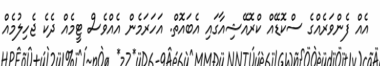
އެއް ފެންވަރެއްގެ ސްކޮޑޭއް ކްރޮއޭޝިއާގައި އެބައޮތް. އަހަރަމެން އެއްވެސް ޓީމެއް ދެކެ ޖެހިލުމެއް